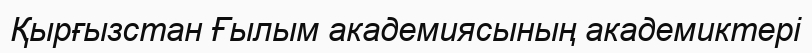
Қырғызстан Ғылым академиясының академиктері